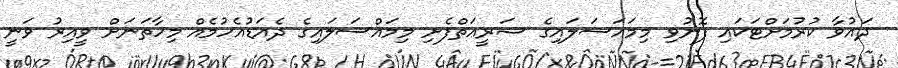
ދައުވާ ކުރުމަށްޓަކައި ފޮނުވި މިމައަސަލައިގެ ޝަރީޢަތްފެށި މިމައްސަލައިގެ ދެއަޑުއެހުމެއް މިހާތަނަށް ވީއިރު ވަނީ